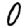
Digit: 0